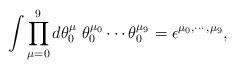
LaTeX: \begin{align*}\int \prod_{\mu=0}^{9} d\theta^{\mu}_{0}~ \theta^{\mu_{0}}_{0} \cdots\theta^{\mu_{9}}_{0} = \epsilon^{\mu_{0}, \cdots, \mu_{9}},\end{align*}